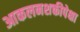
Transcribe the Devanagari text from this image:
आकलनशक्तीपेक्षा